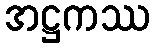
အဋ္ဌကဿ